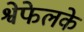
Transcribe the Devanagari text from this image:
श्वेफेलके